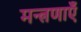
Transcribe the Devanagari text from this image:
मन्त्रणाएँ